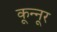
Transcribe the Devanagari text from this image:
कून्‍नूर